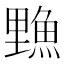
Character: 𫙣